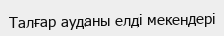
Талғар ауданы елді мекендері